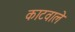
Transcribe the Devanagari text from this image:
काटवाले